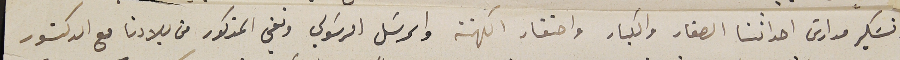
وتسَكير مدارسَ احداثنا الصغار والكبار واحتقار الكهنة والمرسَل الرسَولي ونفي المذكور من بلادنا مع الدكتور